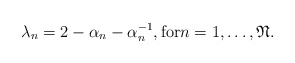
\begin{align*}\lambda_n=2-\alpha_n-\alpha_n^{-1}, {\rm for } n=1,\ldots,\mathfrak{N}.\end{align*}